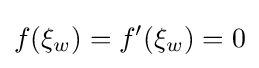
f(\xi _{w})=f'(\xi _{w})=0